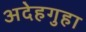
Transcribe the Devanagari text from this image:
अदेहगुहा